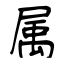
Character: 属